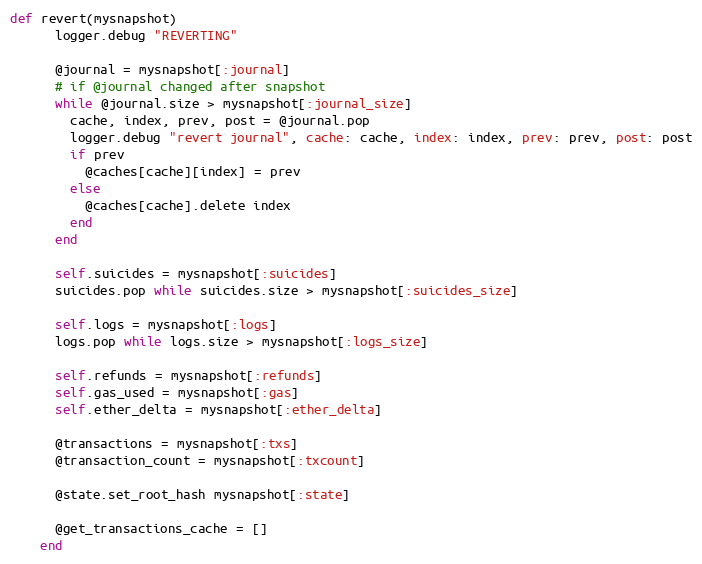
Language: Ruby
def revert(mysnapshot)
      logger.debug "REVERTING"

      @journal = mysnapshot[:journal]
      # if @journal changed after snapshot
      while @journal.size > mysnapshot[:journal_size]
        cache, index, prev, post = @journal.pop
        logger.debug "revert journal", cache: cache, index: index, prev: prev, post: post
        if prev
          @caches[cache][index] = prev
        else
          @caches[cache].delete index
        end
      end

      self.suicides = mysnapshot[:suicides]
      suicides.pop while suicides.size > mysnapshot[:suicides_size]

      self.logs = mysnapshot[:logs]
      logs.pop while logs.size > mysnapshot[:logs_size]

      self.refunds = mysnapshot[:refunds]
      self.gas_used = mysnapshot[:gas]
      self.ether_delta = mysnapshot[:ether_delta]

      @transactions = mysnapshot[:txs]
      @transaction_count = mysnapshot[:txcount]

      @state.set_root_hash mysnapshot[:state]

      @get_transactions_cache = []
    end